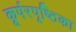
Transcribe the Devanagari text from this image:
कूर्परपृष्ठिका